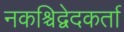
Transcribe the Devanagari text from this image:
नकश्चिद्वेदकर्ता